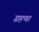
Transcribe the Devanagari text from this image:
ग्रहणा